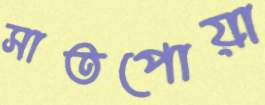
সাতপোয়া